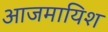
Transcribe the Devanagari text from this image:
आजमायिश